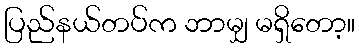
ပြည်နယ်တပ်က ဘာမျှ မရှိတော့။